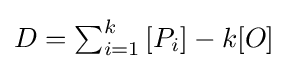
{\textstyle D=\sum _{i=1}^{k}{[P_{i}]}-k[O]}